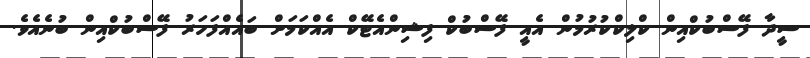
ސީދާ ފޭސްބުކްއިން ކްލިކްކުރުމުން އެއީ ފޭސްބުކް ފިޝިންއެޓޭކް އެއްކަމަށް ބައެއްފަހަރު ފޭސްބުކްއިން ބުނެއެވެ.